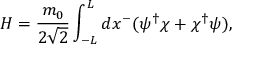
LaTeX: H = \frac { m _ { 0 } } { 2 \sqrt { 2 } } \int _ { - L } ^ { L } d x ^ { - } ( \psi ^ { \dagger } \chi + \chi ^ { \dagger } \psi ) ,